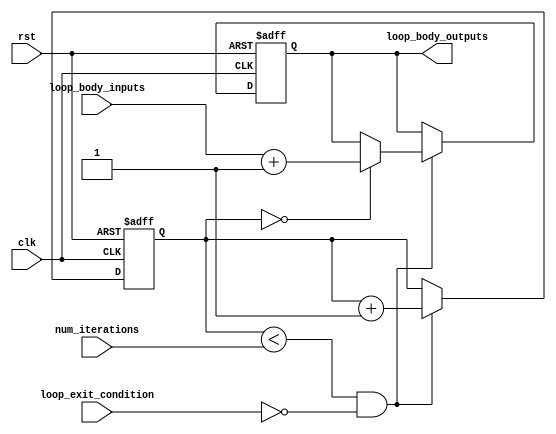
module for_loop(
    input wire clk,
    input wire rst,
    input wire [7:0] num_iterations,
    input wire loop_exit_condition,
    input wire [7:0] loop_body_inputs,
    output reg [7:0] loop_body_outputs
);

reg [7:0] iteration_count;

always @(posedge clk or posedge rst) begin
    if (rst) begin
        iteration_count <= 8'h00;
        loop_body_outputs <= 8'h00;
    end else if (iteration_count < num_iterations && !loop_exit_condition) begin
        // Loop body statements
        case (iteration_count)
            0: loop_body_outputs <= loop_body_inputs + 8'h01; // Example assignment statement
            // Add other statements here
        endcase
        iteration_count <= iteration_count + 1;
    end
end

endmodule